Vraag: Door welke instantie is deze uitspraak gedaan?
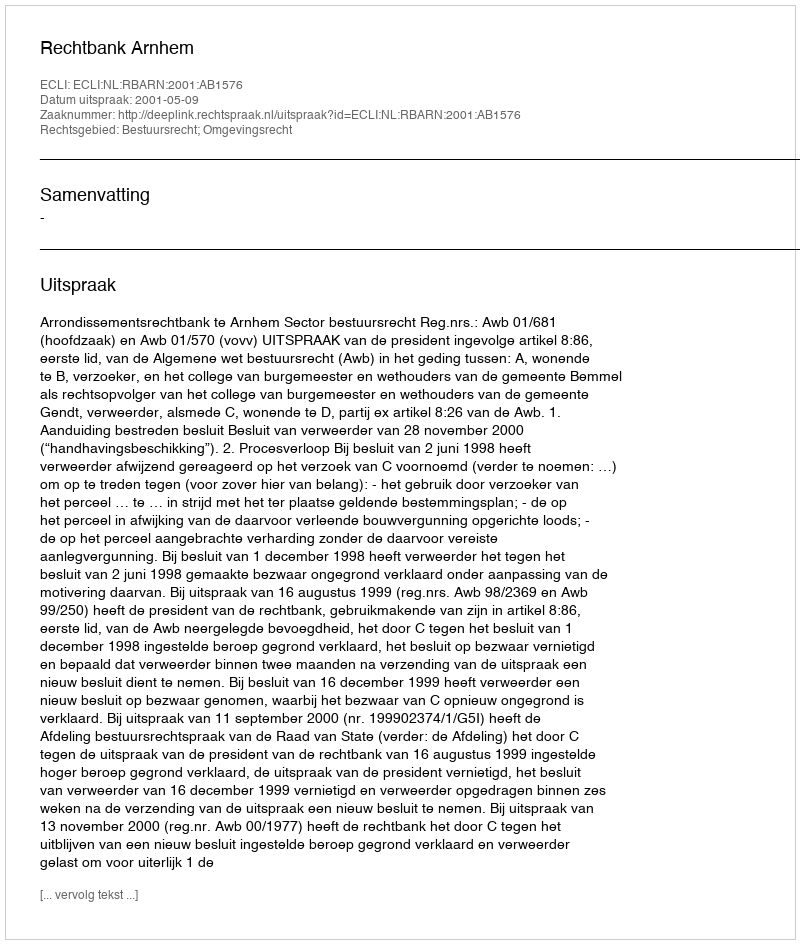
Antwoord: Rechtbank Arnhem